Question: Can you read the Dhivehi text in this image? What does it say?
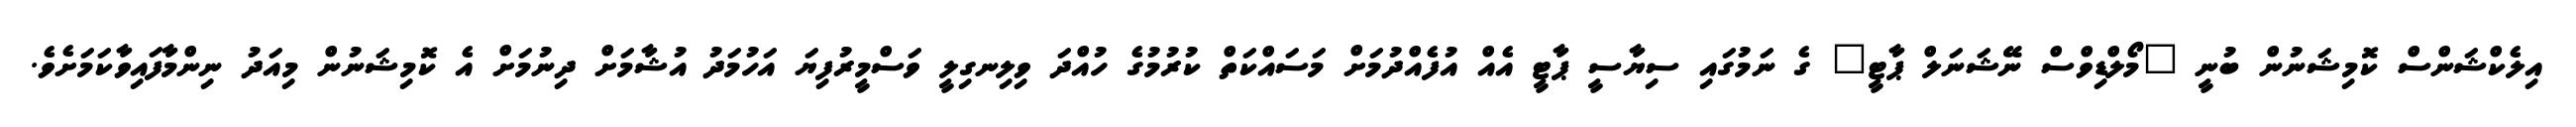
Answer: އިލެކްޝަންސް ކޮމިޝަނުން ބުނީ "މޯލްޑިވްސް ނޭޝަނަލް ޕާޓީ" ގެ ނަމުގައި ސިޔާސީ ޕާޓީ އެއް އުފެއްދުމަށް މަސައްކަތް ކުރުމުގެ ހުއްދަ ވިލިނގިލީ ވަސްމީރުފިޔަ އަހުމަދު އުޝާމަށް ދިނުމަށް އެ ކޮމިޝަނުން މިއަދު ނިންމާފައިވާކަމަށެވެ.